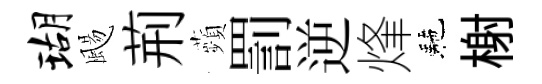
瑚颺荊蘋罰逆烽駰榭